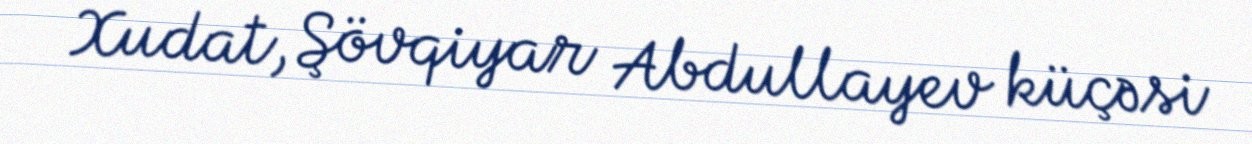
Xudat, Şövqiyar Abdullayev küçəsi